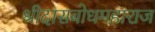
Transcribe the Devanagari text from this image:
श्रीदासबोधमहाराज